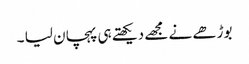
بوڑھے نے مجھے دیکھتے ہی پہچان لیا ۔